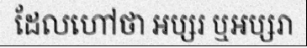
ដែលហៅថា អប្សរ ឬអប្សរា